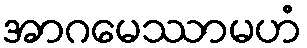
အာဂမေဿာမဟံ